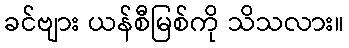
ခင်ဗျား ယန်စီမြစ်ကို သိသလား။